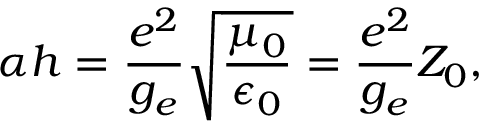
\alpha h = \frac { e ^ { 2 } } { g _ { e } } \sqrt { \frac { \mu _ { 0 } } { \epsilon _ { 0 } } } = \frac { e ^ { 2 } } { g _ { e } } Z _ { 0 } ,